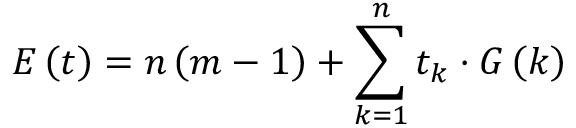
E \left( t \right) = n \left( m - 1 \right) + \sum _ { k = 1 } ^ { n } t _ { k } \cdot G \left( k \right)